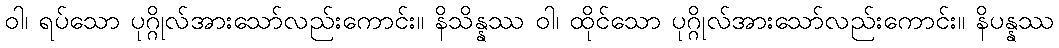
ဝါ၊ ရပ်သော ပုဂ္ဂိုလ်အားသော်လည်းကောင်း။ နိသိန္နဿ ဝါ၊ ထိုင်သော ပုဂ္ဂိုလ်အားသော်လည်းကောင်း။ နိပန္နဿ